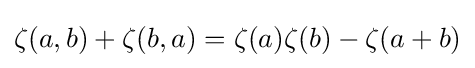
\zeta (a,b)+\zeta (b,a)=\zeta (a)\zeta (b)-\zeta (a+b)